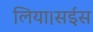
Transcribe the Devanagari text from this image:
लिया।सईस